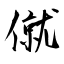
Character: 僦